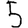
Digit: 5